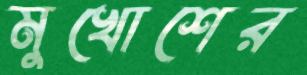
মুখোশের